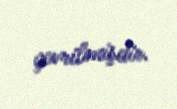
çevrilmişdir.